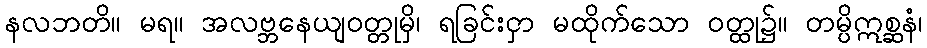
နလဘတိ။ မရ။ အလဗ္ဘနေယျဝတ္တုမှိ၊ ရခြင်းငှာ မထိုက်သော ဝတ္ထု၌။ တမ္ပိဣစ္ဆနံ၊